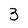
Character: 3